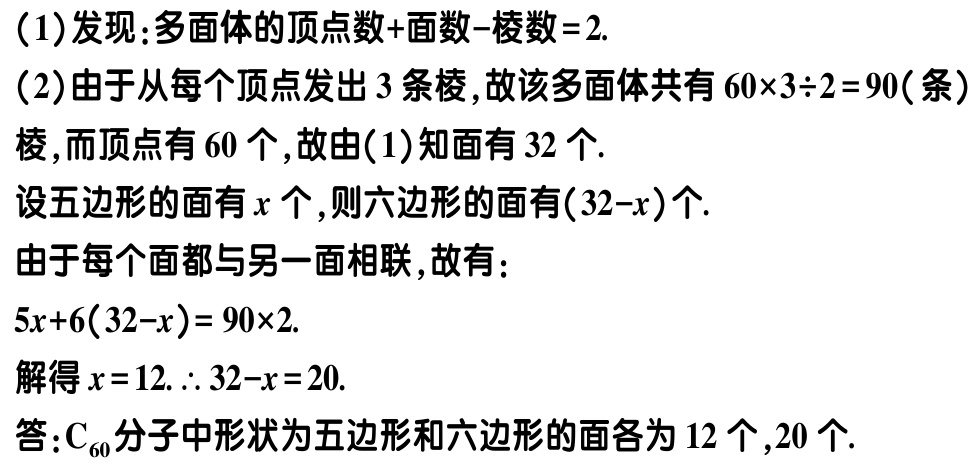
（1）发现：多面体的顶点数+面数-棱数 = 2.

（2）由于从每个顶点发出 3 条棱, 故该多面体共有 \(60\times3\div2 = 90\)（条）棱, 而顶点有 60 个, 故由(1)知面有 32 个.

设五边形的面有\(x\)个, 则六边形的面有\((32 - x)\)个.

由于每个面都与另一面相联, 故有：

\(5x + 6(32 - x)= 90\times2\).

解得\(x = 12.\) \(\therefore 32 - x = 20\).

答：\(\mathrm{C}_{60}\)分子中形状为五边形和六边形的面各为 12 个,20 个.